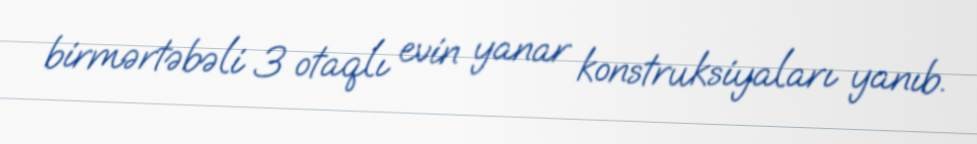
birmərtəbəli 3 otaqlı evin yanar konstruksiyaları yanıb.